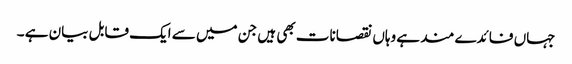
جہاں فائدے مند ہے وہاں نقصانات بھی ہیں جن میں سے ایک قابل بیان ہے ۔